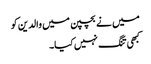
میں نے بچپن میں والدین کو
کبھی تنگ نہیں کیا۔